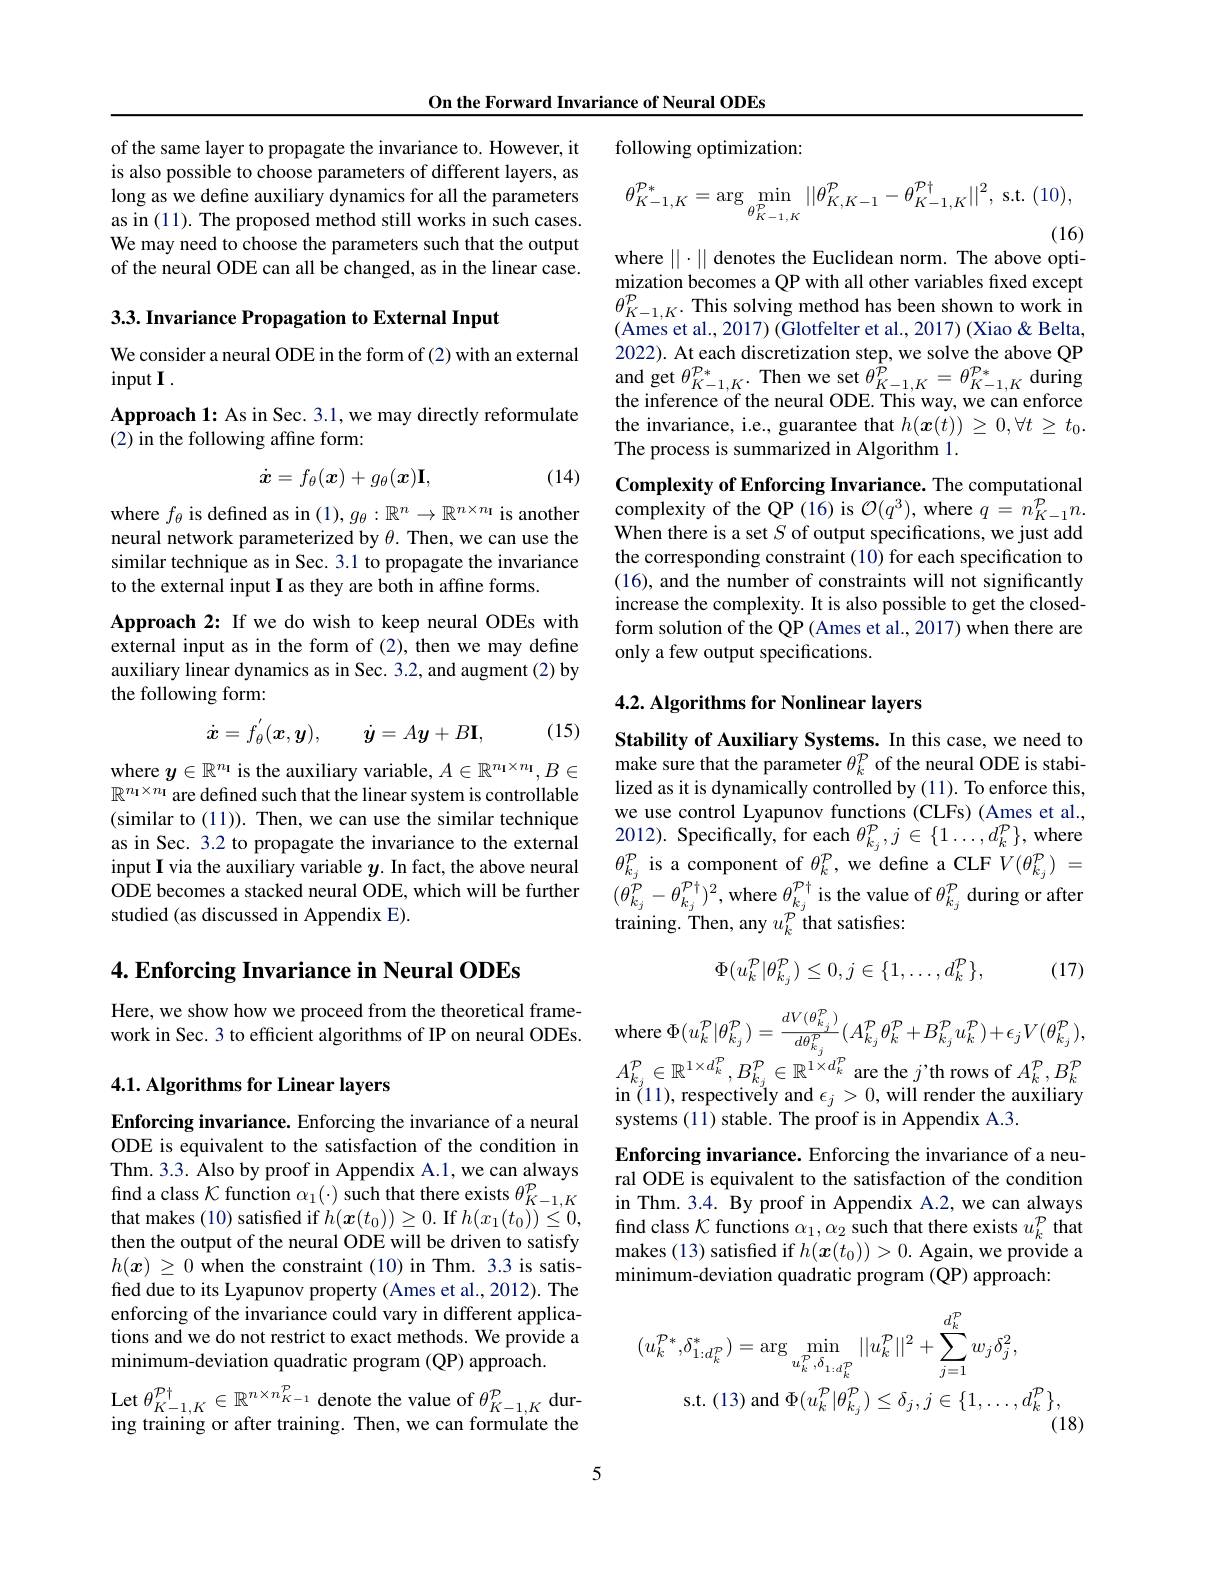
On the Forward Invariance of Neural ODEs

following optimization:

of the same layer to propagate the invariance to. However, it is also possible to choose parameters of different layers, as long as we define auxiliary dynamics for all the parameters as in (11). The proposed method still works in such cases. We may need to choose the parameters such that the output of the neural ODE can all be changed, as in the linear case.

3.3. Invariance Propagation to External Input

We consider a neural ODE in the form of (2) with an external
$inputI.$

Approach 1: As in Sec. 3.1, we may directly reformulate
(2) in the following affine form:

(14)
$$\dot{\boldsymbol{x}}=f_\theta(\boldsymbol{x})+g_\theta(\boldsymbol{x})\mathbf{I},$$
where $f_\theta$ is defined as in $(1),g_\theta:\mathbb{R}^n\to\mathbb{R}^{n\times n\text{ı is another}}$ neural network parameterized by $\theta.$ Then, we can use the similar technique as in Sec. 3.1 to propagate the invariance to the external input I as they are both in affine forms.

Approach 2: If we do wish to keep neural ODEs with external input as in the form of (2), then we may define auxiliary linear dynamics as in Sec. 3.2, and augment (2) by the following form:
$$\dot{\boldsymbol{x}}=f_\theta^{'}(\boldsymbol{x},\boldsymbol{y}),\quad\dot{\boldsymbol{y}}=A\boldsymbol{y}+B\mathbf{I},$$
(15)

(similar to (11)). Then, we can use the similar technique as in Sec. 3.2 to propagate the invariance to the external input I via the auxiliary variable $y.$ In fact, the above neural ODE becomes a stacked neural ODE, which will be further studied (as discussed in Appendix E).

$4. \textbf{Enforcing Invariance in Neural ODEs}$

Here, we show how we proceed from the theoretical framework in Sec. 3 to efficient algorithms of IP on neural ODEs.

## 4.1. Algorithms for Linear layers

Enforcing invariance. Enforcing the invariance of a neural ODE is equivalent to the satisfaction of the condition in Thm. 3.3. Also by proof in Appendix A.1, we can always find a class $\mathcal{K}$ function $\alpha_1(\cdot)$ such that there exists $\theta_{K-1,K}^{p}$ that makes (10) satisfied if $h(\boldsymbol x(t_0))\geq0.$ If $h(x_1(t_0))\leq0$, then the output of the neural ODE will be driven to satisfy $h(\boldsymbol{x})\geq0$ when the constraint (10) in Thm. 3.3 is satisfied due to its Lyapunov property (Ames et al., 2012). The enforcing of the invariance could vary in different applications and we do not restrict to exact methods. We provide a minimum-deviation quadratic program (QP) approach.

$\begin{array}{l}\mathrm{Let~}\theta_{K-1,K}^{\mathcal{P}\dagger}\in\mathbb{R}^{n\times n_{K-1}^{\mathcal{P}}}\text{denote the value of }\theta_{K-1,K}^{\mathcal{P}}\text{dur-}\\\mathrm{ing~training~or~after~training.~Then,~we~can~formulate~the}\end{array}$
$$\theta_{K-1,K}^{\mathcal{P}*}=\arg\min_{\theta_{K-1,K}^{\mathcal{P}}}||\theta_{K,K-1}^{\mathcal{P}}-\theta_{K-1,K}^{\mathcal{P}\dagger}||^{2},$$
(16)

where $||\cdot||$ denotes the Euclidean norm. The above opti-

mization becomes a QP with all other variables fixed except $\theta_{K-1,K}^{\mathcal{P}}.$This solving method has been shown to work in (Ames et al., 2017) (Glotfelter et al., 2017) (Xiao& Belta, 2022). At each discretization step, we solve the above QP and get $\theta_{K-1,K}^{P*}.$ Then we set $\theta_{K-1,K}^{P}=\theta_{K-1,K}^{\mathcal{P}*}$ during the inference of the neural ODE. This way, we can enforce the invariance, i.e., guarantee that $h(\boldsymbol{x}(t))\geq0,\forall t\geq t_0.$ The process is summarized in Algorithm 1.

Complexity of Enforcing Invariance. The computational complexity of the QP (16) is $\mathcal{O}(q^3)$,where $q=n_K-1^{\mathcal{P}}n.$ When there is a set $S$ of output specifications, we just add the corresponding constraint (10) for each specification to (16), and the number of constraints will not significantly increase the complexity. It is also possible to get the closedform solution of the QP (Ames et al., 2017) when there are only a few output specifications.

## 4.2. Algorithms for Nonlinear layers

Stability of Auxiliary Systems. In this case, we need to make sure that the parameter $\theta_k^{\mathcal{P}}$ of the neural ODE is stabi-
where $y\in \mathbb{R} ^{n_1}$ is the auxiliary variable, $A\in \mathbb{R} ^{n_1\times n_1}, B\in$make sure that the parameter $\theta _k^{\text{ ol the neural ODE is stabi- }}$ $\mathbb{R} ^{n_1\times n_1}$ are defined such that the linear system is controllablelized as it is dynamically controlled
we use control Lyapunov functions (CLFs) (Ames et al. 2012). Specifically, for each $\theta_{k_j}^{\mathcal{P}},j\in\{1\ldots,d_k^{\mathcal{P}}\}$, where $\theta_{k_{j}}^{\mathcal{P}}$ is a component of $\theta_k^{\mathcal{P}}$, we define a CLF $V(\theta_{k_{j}}^{\mathcal{P}})=$ $(\theta_{k_{j}}^{\dot{P}}-\theta_{k_{j}}^{\mathcal{P}\dagger})^{2}$,where $\theta_k_{j}^{\mathcal{P}\dagger}$ is the value of $\theta_{k_{j}}^{\mathcal{P}}$ during or afte ${\mathrm{training.~Then,~any~}u_{k}^{\mathcal{P}}}{\mathrm{that~satisfies:}}$

(17)
$$\Phi(u_k^{\mathcal{P}}|\theta_{k_j}^{\mathcal{P}})\leq0,j\in\{1,\ldots,d_k^{\mathcal{P}}\},$$
$$\mathrm{e}\:\Phi(u_{k}^{\mathcal{P}}|\theta_{k_{j}}^{\mathcal{P}})=\frac{dV(\theta_{k_{j}}^{\mathcal{P}})}{d\theta_{k_{j}}^{\mathcal{P}}}(A_{k_{j}}^{\mathcal{P}}\theta_{k}^{\mathcal{P}}+B_{k_{j}}^{\mathcal{P}}u_{k}^{\mathcal{P}})+\epsilon_{j}V(\theta_{k_{j}}^{\mathcal{P}}),$$
$A_{k_j}^{P}\in\mathbb{R}^{1\times d_k^{P}},B_{k_j}^{P}\in\mathbb{R}^{1\times d_k^{P}}$ are the $j$'th rows of $A_k^{P},B_k^{P}$

$\operatorname{in}{(11),\text{respectively and }\epsilon_{j}>0,\text{will render the auxiliary}}$
systems (11) stable. The proof is in Appendix A.3.

Enforcing invariance. Enforcing the invariance of a neural ODE is equivalent to the satisfaction of the condition in Thm. 3.4. By proof in Appendix A.2, we can always find class $\mathcal{K}$ functions $\alpha_1,\alpha_2$ such that there exists $u_k^{\mathcal{P}}$ that makes (13) satisfied if $h(\boldsymbol x(t_0))>0.$ Again, we provide a minimum-deviation quadratic program (QP) approach:
$$(u_k^{\mathcal{P}^*},\delta_{1:d_k^{\mathcal{P}}}^*)=\arg\min_{u_k^{\mathcal{P}},\delta_{1:d_k^{\mathcal{P}}}}||u_k^{\mathcal{P}}||^2+\sum_{j=1}^{d_k^{\mathcal{P}}}w_j\delta_j^2,$$
s.t.(13)and$\Phi(u_k^{P}|\theta_{k_j}^{P})\leq\delta_j,j\in\{1,\ldots,d_k^{P}\},(18)$

5